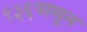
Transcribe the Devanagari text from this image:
९३६पासून